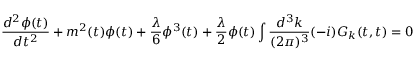
\frac { d ^ { 2 } \phi ( t ) } { d t ^ { 2 } } + m ^ { 2 } ( t ) \phi ( t ) + \frac { \lambda } { 6 } \phi ^ { 3 } ( t ) + \frac { \lambda } { 2 } \phi ( t ) \int \frac { d ^ { 3 } k } { ( 2 \pi ) ^ { 3 } } ( - i ) G _ { k } ( t , t ) = 0